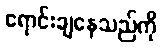
ရောင်းချနေသည်ကို